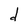
Character: d